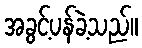
အခွင့်ပန်ခဲ့သည်။